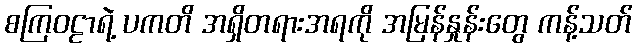
စကြဝဠာရဲ့ ပကတိ အရှိတရားအရကို အမြန်နှုန်းတွေ ကန့်သတ်